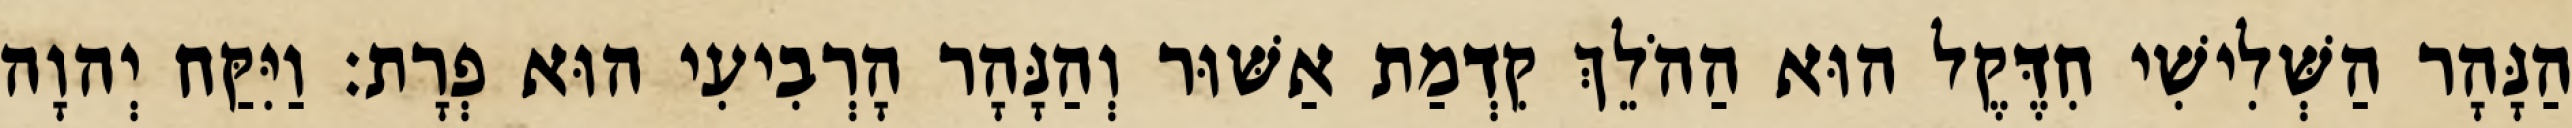
הַנָּהָר הַשְּׁלִישִׁי חִדֶּקֶל הוּא הַהֹלֵךְ קִדְמַת אַשּׁוּר וְהַנָּהָר הָרְבִיעִי הוּא פְרָת׃ וַיִּקַּח יְהוָה